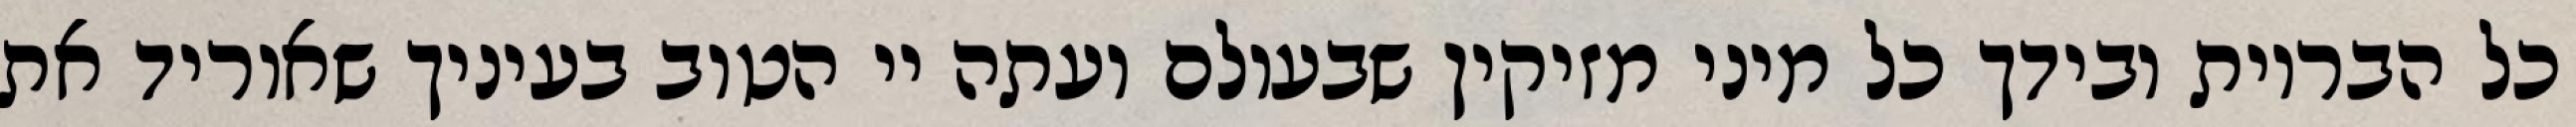
כל הבריות ובידך כל מיני מזיקין שבעולם ועתה יי הטוב בעיניך שאוריד את